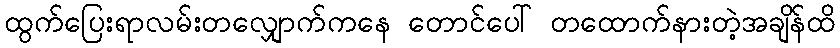
ထွက်ပြေးရာလမ်းတလျှောက်ကနေ တောင်ပေါ် တထောက်နားတဲ့အချိန်ထိ